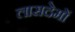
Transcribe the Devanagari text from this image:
लासदेमों